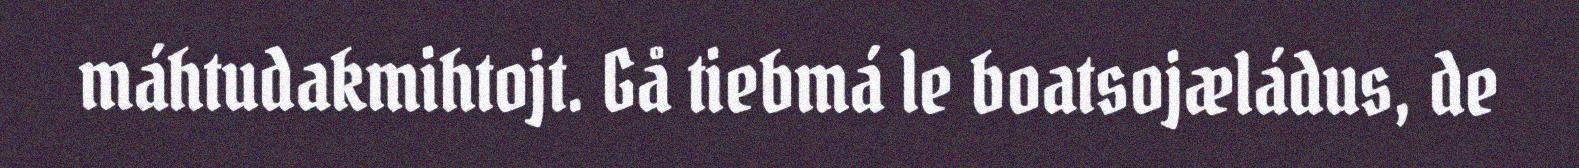
máhtudakmihtojt. Gå tiebmá le boatsojæládus, de